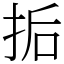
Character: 㧨